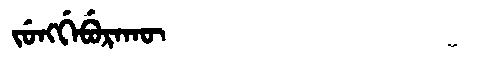
Manchu: ᠵᡠᠩᡤᡝᠪᡠᡵᠠᡴᡡ
Romanization: JUNGGEBURAKŪ